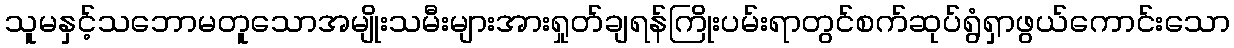
သူမနှင့်သဘောမတူသောအမျိုးသမီးများအားရှုတ်ချရန်ကြိုးပမ်းရာတွင်စက်ဆုပ်ရွံရှာဖွယ်ကောင်းသော